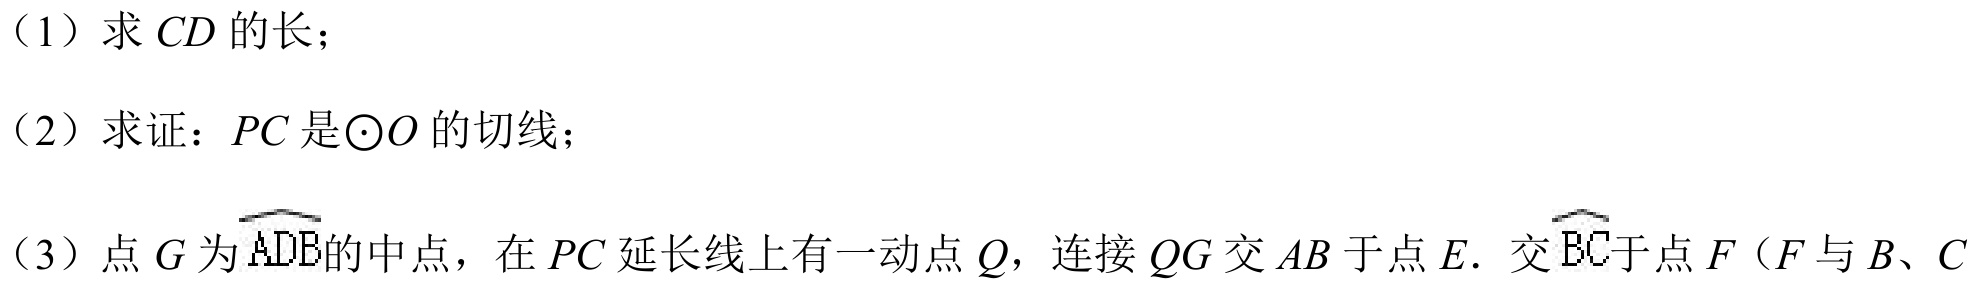
（1）求 \(CD\) 的长；
（2）求证：\(PC\) 是\(\odot O\) 的切线；
（3）点 \(G\) 为\(\overset{\frown}{ADB}\)的中点，在 \(PC\) 延长线上有一动点 \(Q\)，连接 \(QG\) 交 \(AB\) 于点 \(E\)，交\(\overset{\frown}{BC}\)于点 \(F\)（\(F\) 与 \(B\)、\(C\)